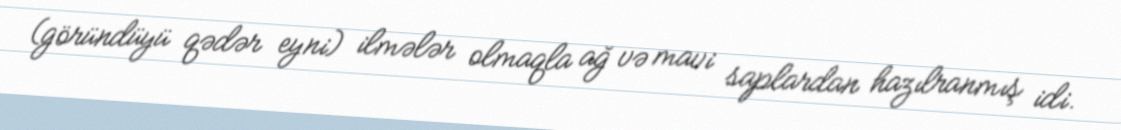
(göründüyü qədər eyni) ilmələr olmaqla ağ və mavi saplardan hazılranmış idi.